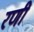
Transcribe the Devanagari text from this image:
रणीं